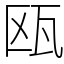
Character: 瓯